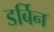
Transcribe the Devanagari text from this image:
डर्बिन